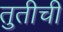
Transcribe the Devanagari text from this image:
तुतीची